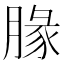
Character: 腞